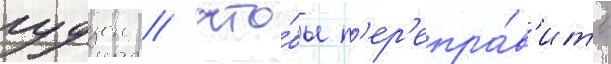
гудзон / что́бы п'ер'епра́в'ить